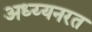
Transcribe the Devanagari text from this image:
अध्य्यनरत